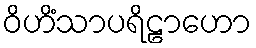
ဝိဟိံသာပရိဠာဟော